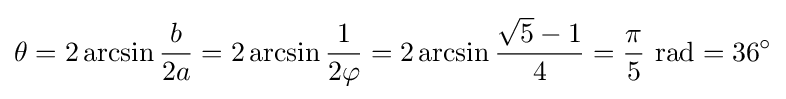
\theta =2\arcsin {b \over 2a}=2\arcsin {1 \over 2\varphi }=2\arcsin {{{\sqrt {5}}-1} \over 4}={\pi  \over 5}~{\text{rad}}=36^{\circ }